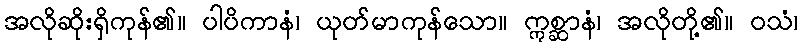
အလိုဆိုးရှိကုန်၏။ ပါပိကာနံ၊ ယုတ်မာကုန်သော။ ဣစ္ဆာနံ၊ အလိုတို့၏။ ဝသံ၊